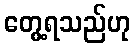
တွေ့ရသည်ဟု